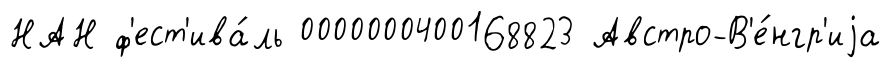
НАН ф'ест'ива́ль 0000000400168823 Австро-В'е́нгр'иjа